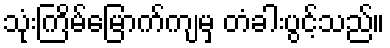
သုံးကြိမ်မြောက်ကျမှ တံခါးပွင့်သည်။